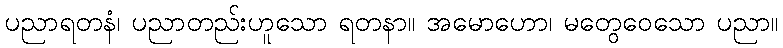
ပညာရတနံ၊ ပညာတည်းဟူသော ရတနာ။ အမောဟော၊ မတွေဝေသော ပညာ။